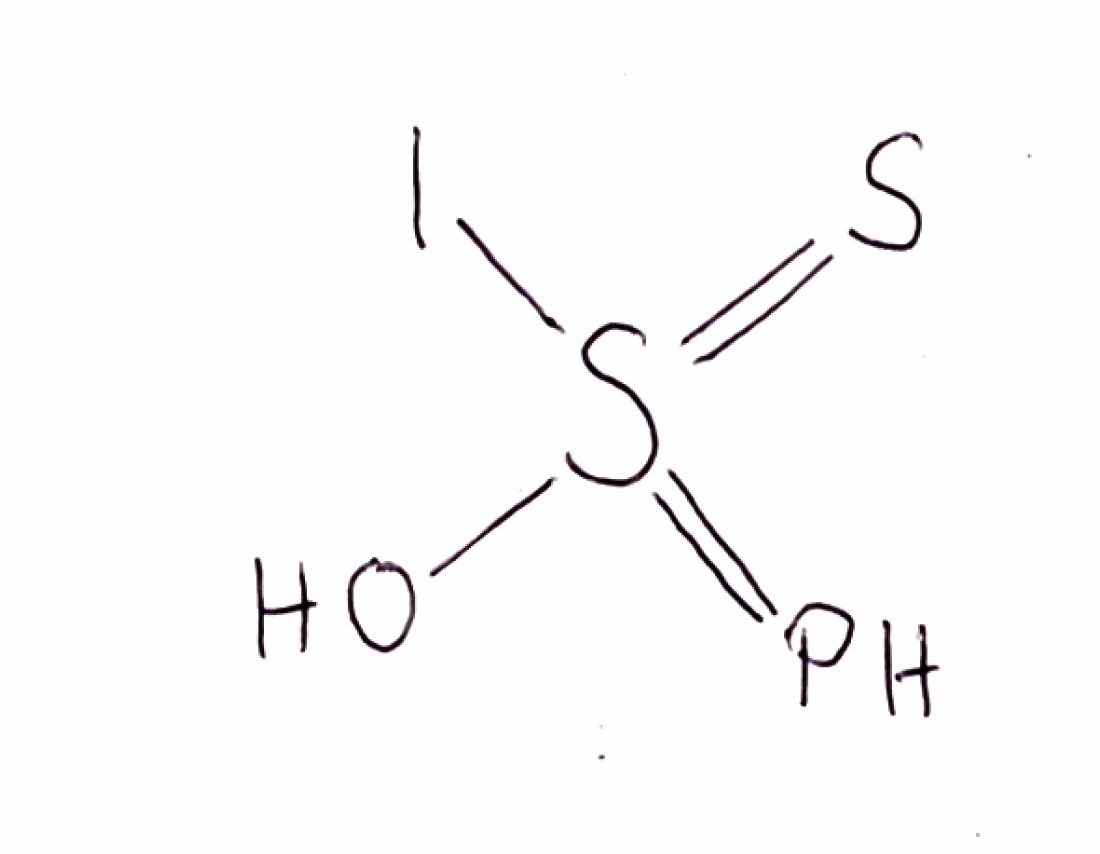
Simplified molecular-input line-entry system (SMILES) notation of the given molecule:
OS(=P)(=S)I